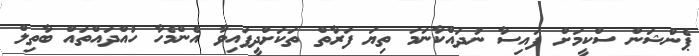
ޕެންޝަން ސްކީމަށް ފައިސާ ނުދައްކާނަމަ ތިޔަ ފަރާތް ތަކަށްދީފައިވާ އެންމެހާ ހުއްދައްތައް ބާތިލް